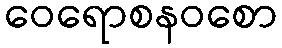
ဝေရောစနဝစော